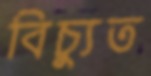
বিচ্যুত